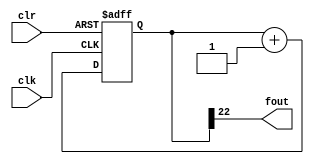
module div_freq (clk, clr, fout);

input clk, clr;
output fout;

reg [24:0] contador;

assign fout = contador [22];

always @(posedge clk or negedge clr)

	if(!clr)
	
		contador <= 25'd0;
		
	else
	
		contador <= contador + 25'd1;
		
endmodule